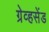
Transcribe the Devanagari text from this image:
ग्रेव्हसेंड